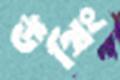
উথিং